Vaccination in Bombay 1869-1873 - 1869-1873
Year: 1869
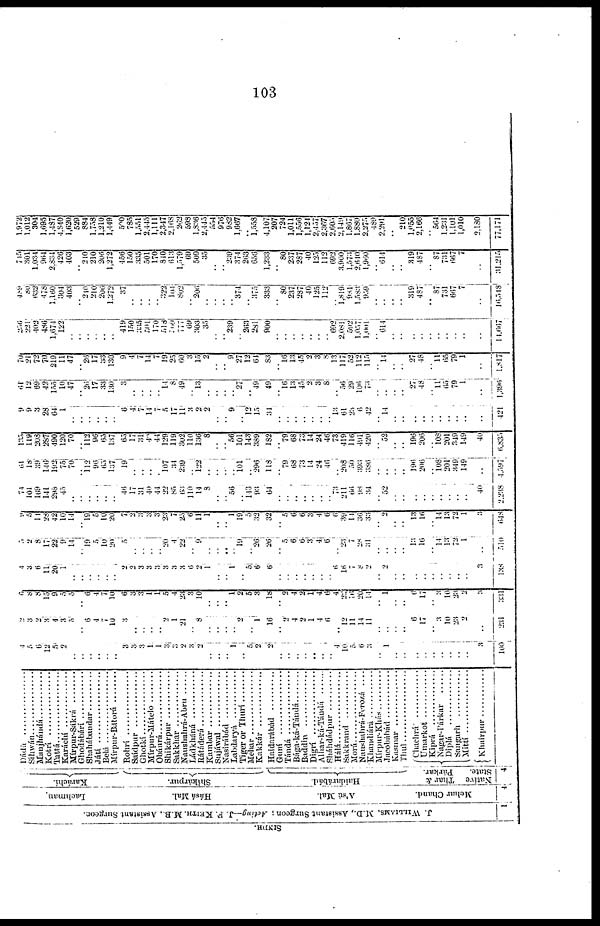
103
SINDH.
J. WILLIAMS, M.D., Assistant Surgeon ; Acting—J. P. KEITH, M.B., Assistant Surgeon.
1
Lachman
Hásá Mal.
A'sú Mal.
Mehar Chand.
4
Karáchí.
Shikárpur.
Haidarábád.
Thar &
Párkar.
Native
State.
4
Dádú ..................
Sihwán..................
Manjhándá ..............
Kotrí ..........
Tattá................
Karáchí
............
Mírpur-Sákrá
................
Ghodábárí ..............
Shahábandar ..............
Játí ................
Belá ..................
Mírpur-Batorá
..........
Rohrá ..................
Saídpur ............
Ghotkí................
Mírpur-Mátelo ..........
Obáurá..............
Shikárpur ....................
Sakkhar ............
Naushahrá-Abru ............
Ládkháná
..............
Rádkháná ............
Kambar ..................
Sujáwal ....................
Nasirábád ..................
Labdaryá
..............
Tiger or Thurí..........
Mehar ................
Kakkár ..............
Haidarábad ..............
Guní
................
Tándá
..............
Bága-ká-Tándá..............
Bága-ká-Tándá ............
Digrí
................
Alhar-ká-Tándá
........
Sháhdádpur
............
Hálá ..................
Sakkrand ..............
Morá ................
Naushahrá-Ferozá ....
Khandiárá............
Mírpur-Khás ......
Jacobábád.............. Kasmar
..............
Thul ................
Chachrá
............
Umarkot
..............
Kiprá
............
Nagar-Párkar
........
Diplá ................
Sangarh
................
Mittí
..................
Khairpur ..............
4
5
6
12
5
2
..
..
..
..
..
..
3
3
3
1
1
3
3
2
3
2
..
..
..
1
..
5
2
2
..
..
..
..
..
..
..
4
10
5
6
3
..
1
..
..
..
..
..
..
..
..
..
3
100
2
3
2
3
4
3
5
..
6
4
7
10
3
..
..
..
..
2
1
21
..
8
..
..
..
..
2
..
1
16
..
2
4
2
1 4
6
..
12
11
11
11
..
..
..
..
6
17
..
3
10
23
2
..
231
6
8
8
15
9
5
5
..
6
4
7
10
6
3
3
1
1
5
4
23
3
10
..
..
..
1
2
5
3
18
..
2
4
2
1
4
6
4
22
16
20
14
..
1
..
..
6
17
..
3
10
23
2
3
331
4
3
6
11
20
1
..
..
..
..
..
..
..
2 ..
..
..
..
3
3
6
2
1
..
..
1
..
5
6
6
..
..
..
..
..
..
..
6
16
7
8
2
..
2
..
..
..
..
..
..
..
..
..
3
138
5
2
8
17
22
9
14
..
19
5
10
20
5
..
..
..
..
20
4
22
..
9
..
..
..
..
19
..
26
26
..
5
6
6
3
4
6
.. 23
7
28
31
..
..
..
..
13
16
..
14
13
72
1
..
510
9
5
11
28
42
10
14
..
19
5
10
20
7
2
3
3
3
23
7
25
6
11
1
..
..
1
19
5
32
32
..
5
6
6
3
4
6
6
39
14
36
33
..
2
..
..
13
16
..
14
13
72
1
3
648
74
101
l69
141
298
45
..
..
..
..
..
..
46
17
31
40
44
22
85
63
110
14
8
..
..
56
..
143
93
64
..
..
..
..
..
..
..
73
211
66
98
34
..
52
..
..
..
..
..
..
..
..
..
40
2,238
61
18
39
146
192
75
70
..
112
96
65
137
19
..
..
..
..
107
34
239
..
122
..
..
..
..
101
..
296
118
..
79
68
73
14
24
46
..
203
50
393
386
..
..
..
..
196
206
..
108
201
349
149
..
4,597
135
119
208
287
490
120
70
..
112
96
65
137
65
17
31
40
44
129
119
302
110
136
8
..
..
56
101
143
389
182
..
79
68
73
14
24
46
73
419
116
491
420
..
52
..
..
196
206
..
108
201
349
149
40
6,835
9
9
3
28
64
1
..
..
..
..
..
..
6
4
..
14
7 ..
17
11
3
2
2
..
..
9
..
12
15
31
..
..
..
..
..
.. ..
13
61
23
6
42
..
14
..
..
..
..
..
..
..
..
..
..
421
61
12
69
42
155
10
47
..
26
17
33
130
3
..
..
..
..
14
8
49
..
13
..
..
..
..
27
..
49
49
.. 16
13
45
2
3
8
..
56
29
106
73
..
..
..
..
27
48
..
11
65
79
1
..
1,396
70
21
72
70
219
11
47
..
26
17
33
130
9
4
7
14
7
19
25
60
3
15
2
..
..
9
27
12
64
83
..
16
13
45
2
3
8
13
117
52
112
115
..
14
..
..
27
48
..
11
65
79
1
..
1,817
256
221
402
486
1,674
122
..
..
..
..
..
..
419
150
335
501
170
518
509
777
69
303
35
..
..
239
..
263
281
900
..
..
..
..
..
..
692
2,081
592
1,057
1,001
..
614
..
..
..
..
..
..
..
..
..
..
14,667
489
80
632
478
1,160
304
403
..
210
210
206
1,272
37
..
..
..
..
322
104
802
..
206
..
..
..
..
374
..
375
333
..
80
237
287
40
125
112
..
1,819
981
1,583
959
..
..
..
..
319
487
..
87
731
667
7
..
16,548
715
301
1,034
964
2,834
426
403
..
210
210
206
1,272
456
150
335
501
170
840
613
1,579
69
509
35
..
..
239
374
263
656
1,233
..
80
237
287
40
125
112
692
3,900
1,573
2,610
1,960
..
614
..
..
319
487
..
87
731
667
7
..
31,215
1,972
1,012
304
1,695
1,487
4,840
1,620
529
884
1,758
1,210
1,449
500
785
1,551
2,445
1,111
2,347
2,168
262
598
1,836
2,445
554
976
982
1,667
..
1,558
4,107
207
724
1,011
1,556
1,121
2,457
2,367
2,605
2,149
1,867
1,880
2,275
489
2,291
..
210
1,655
2,166
..
564
1,231
1,101
1,010
2,130
77,171